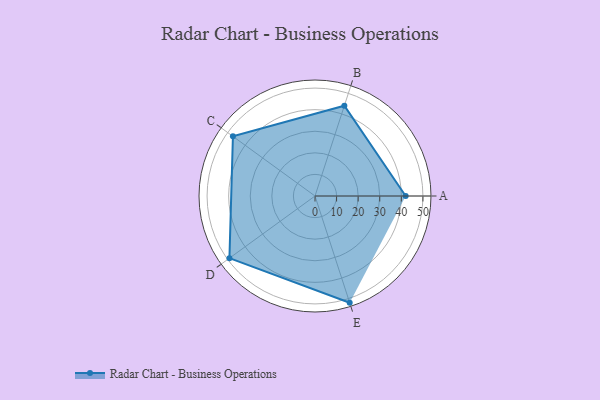
{"axis": {"x": "Skill", "y": "Score"}, "legend": ["Profile"], "data": [{"x": "A", "y": 42.0, "type": "Profile"}, {"x": "B", "y": 44.0, "type": "Profile"}, {"x": "C", "y": 47.0, "type": "Profile"}, {"x": "D", "y": 49.0, "type": "Profile"}, {"x": "E", "y": 52.0, "type": "Profile"}]}